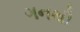
ગનથી